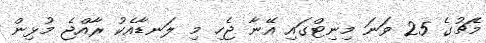
މެޗުގެ 25 ވަނަ މިނިޓްގައި އޭނާ ޖެހި މި ލަނޑާއެކު ރާއްޖެ މުޅިން